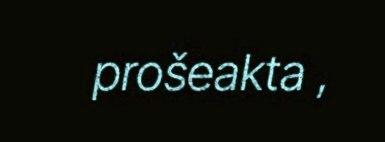
prošeakta ,